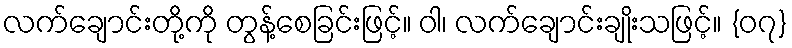
လက်ချောင်းတို့ကို တွန့်စေခြင်းဖြင့်။ ဝါ၊ လက်ချောင်းချိုးသဖြင့်။ {၀၇}